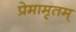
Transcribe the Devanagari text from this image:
प्रेमामृतम्